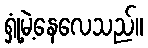
ရှုံ့မဲ့နေလေသည်။